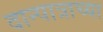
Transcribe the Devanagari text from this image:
दान्पात्राच्या